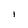
Character: I